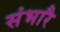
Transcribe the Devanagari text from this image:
संभारै